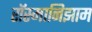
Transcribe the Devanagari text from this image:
रॉस्मानिझाम